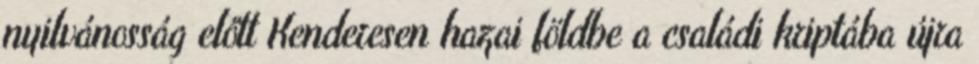
nyilvánosság előtt Kenderesen hazai földbe a családi kriptába újra